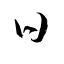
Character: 日